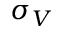
\sigma _ { V }